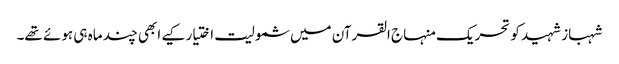
شہباز شہید کو تحریک منہاج القرآن میں شمولیت اختیار کیے ابھی چند ماہ ہی ہوئے تھے۔